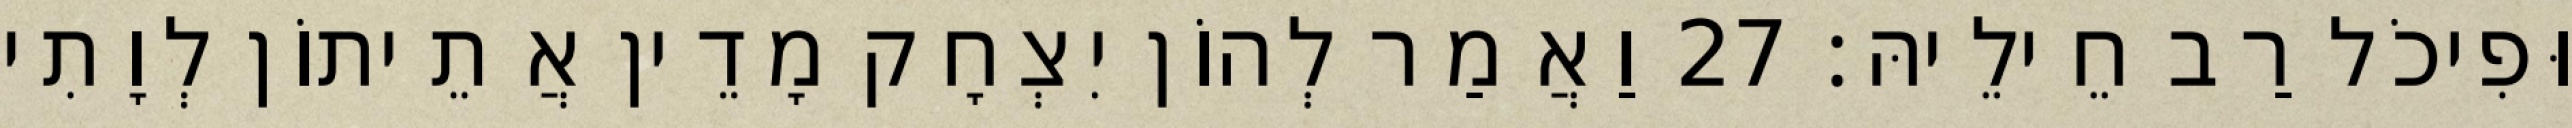
וּפִיכֹל רַב חֵילֵיהּ׃ 27 וַאֲמַר לְהוֹן יִצְחָק מָדֵין אֲתֵיתוֹן לְוָתִי